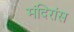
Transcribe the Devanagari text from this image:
मंदिरांस